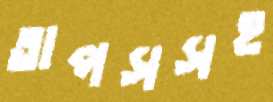
তাপসসহ